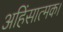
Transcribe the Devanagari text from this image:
अहिंसात्मक।